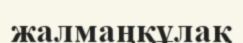
жалмаңқұлақ